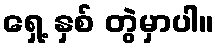
ရှေ့ နှစ် တွဲမှာပါ။